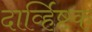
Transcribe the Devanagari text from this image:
दार्व्हिष्टक